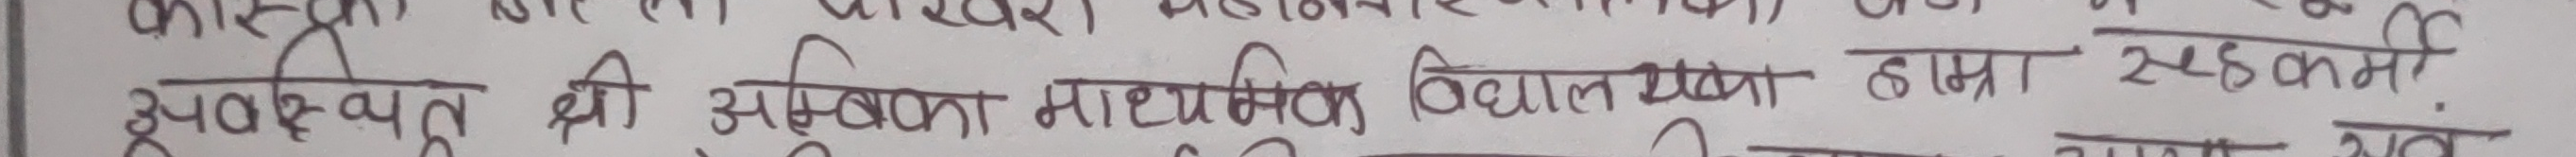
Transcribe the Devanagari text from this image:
स्वास्थ्य क्षेत्र की असुविधा माध्यमिक विद्यालय हासा सडकमी